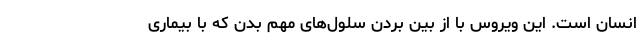
انسان است. این ویروس با از بین بردن سلول‌های مهم بدن که با بیماری